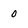
Character: 0